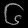
Digit: ၆